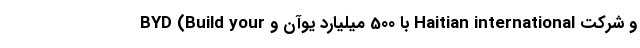
و شرکت Haitian international با 500 میلیارد یوآن و BYD (Build your